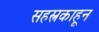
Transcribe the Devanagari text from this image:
सहस्त्रकाहून